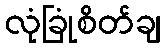
လုံခြုံစိတ်ချ